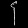
Digit: ၄